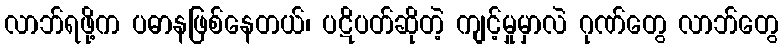
လာဘ်ရဖို့က ပဓာနဖြစ်နေတယ်၊ ပဋိပတ်ဆိုတဲ့ ကျင့်မှုမှာလဲ ဂုဏ်တွေ လာဘ်တွေ